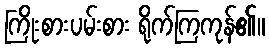
ကြိုးစားပမ်းစား ရိုက်ကြကုန်၏။